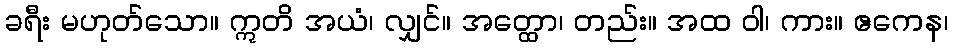
ခရီး မဟုတ်သော။ ဣတိ အယံ၊ လျှင်။ အတ္ထော၊ တည်း။ အထ ဝါ၊ ကား။ ဧကေန၊